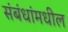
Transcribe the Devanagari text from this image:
संबंधांमधील